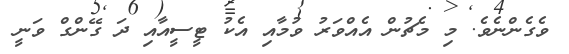
ވެގެންނެވެ. މި މެޗުން އެއްވަރު ވުމާއި އެކު ޓީސީއާއި ދަ ގޭންގް ވަނީ